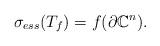
LaTeX: \begin{align*}\sigma_{ess}(T_f) = f(\partial \mathbb{C}^n).\end{align*}